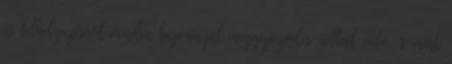
és felhelyezésről minden bizonnyal meggyőződés nélkül való, s mint